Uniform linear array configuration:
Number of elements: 48
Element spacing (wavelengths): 0.75
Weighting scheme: hann
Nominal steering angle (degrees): -15
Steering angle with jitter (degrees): -16.202
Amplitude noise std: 0.05
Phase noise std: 0.05

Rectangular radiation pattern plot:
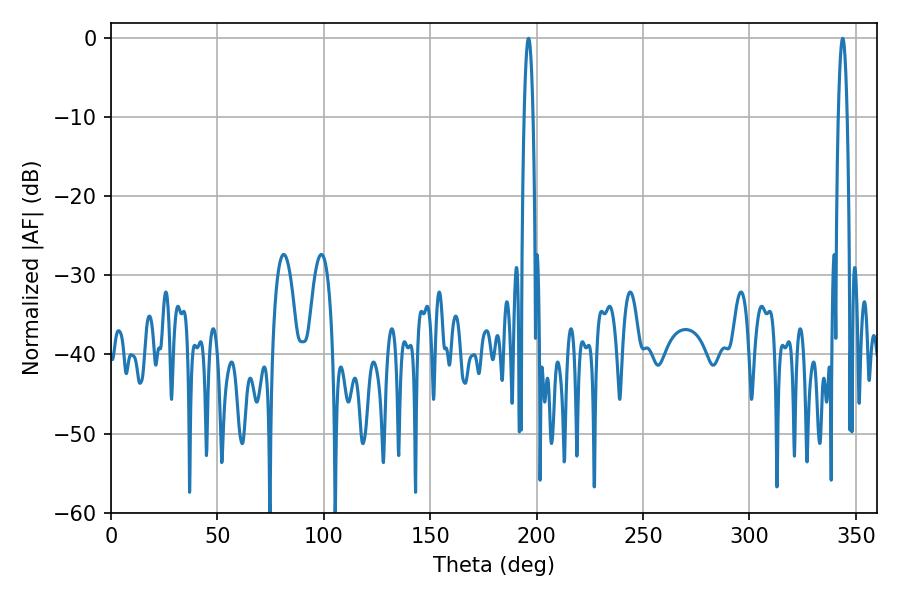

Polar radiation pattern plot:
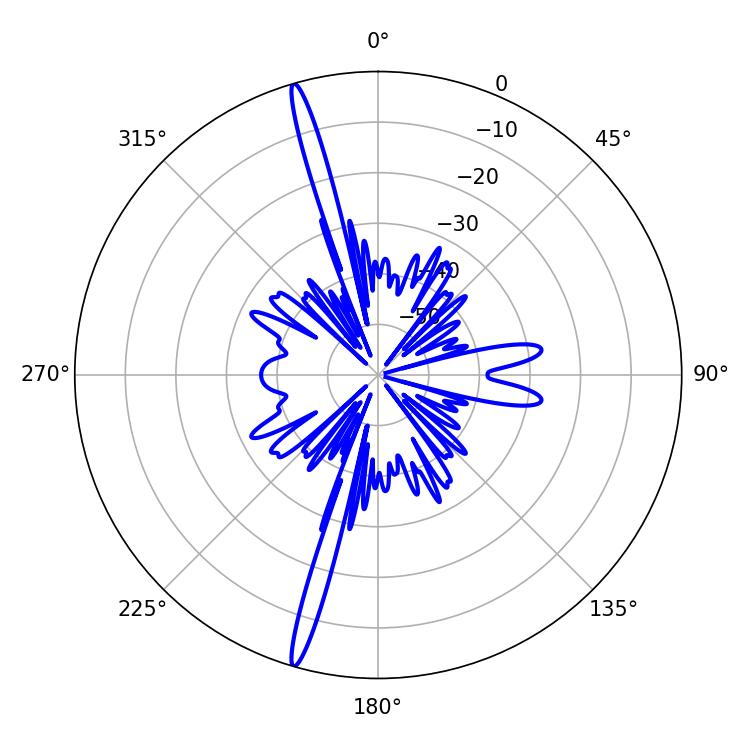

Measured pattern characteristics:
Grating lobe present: TRUE
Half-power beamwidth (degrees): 2.16
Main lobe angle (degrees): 196.2